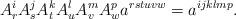
LaTeX: \begin{align*}A_r^iA_s^jA_t^kA_u^lA_v^mA_w^pa^{rstuvw}=a^{ijklmp}.\end{align*}